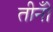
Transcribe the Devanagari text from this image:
तीनोँ